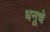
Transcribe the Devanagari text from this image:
धनूचे